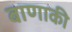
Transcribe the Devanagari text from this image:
बाणाकी